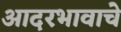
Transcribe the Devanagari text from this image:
आदरभावाचे